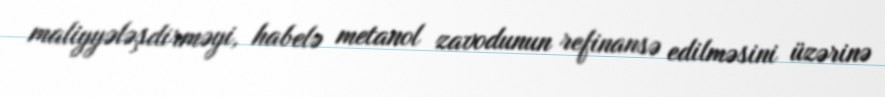
maliyyələşdirməyi, habelə metanol zavodunun refinansə edilməsini üzərinə